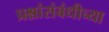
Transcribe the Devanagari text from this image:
प्रश्नांसंबंधीच्या